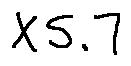
X 5 . 7